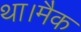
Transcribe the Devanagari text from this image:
था।मैक